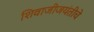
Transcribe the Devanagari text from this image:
शिवाजीजयंतीचे